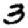
Digit: 3